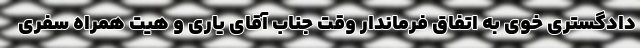
دادگستری خوی به اتفاق فرماندار وقت جناب آقای یاری و هیت همراه سفری